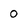
Character: 0